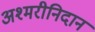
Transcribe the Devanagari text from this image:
अश्मरीनिदान